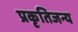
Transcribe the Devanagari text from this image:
प्रकृतिजन्य